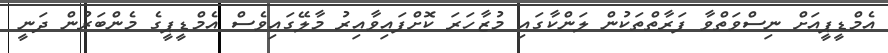
އެމްޑީޕީއަށް ނިސްވަތްވާ ފަރާތްތަކުން ލަންކާގައި މުޒާހަރަ ކޮށްފައިވާއިރު މާލޭގައިވެސް އެމްޑީޕީގެ މެންބަރުން ދަނީ